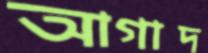
আগাদ